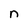
Character: n